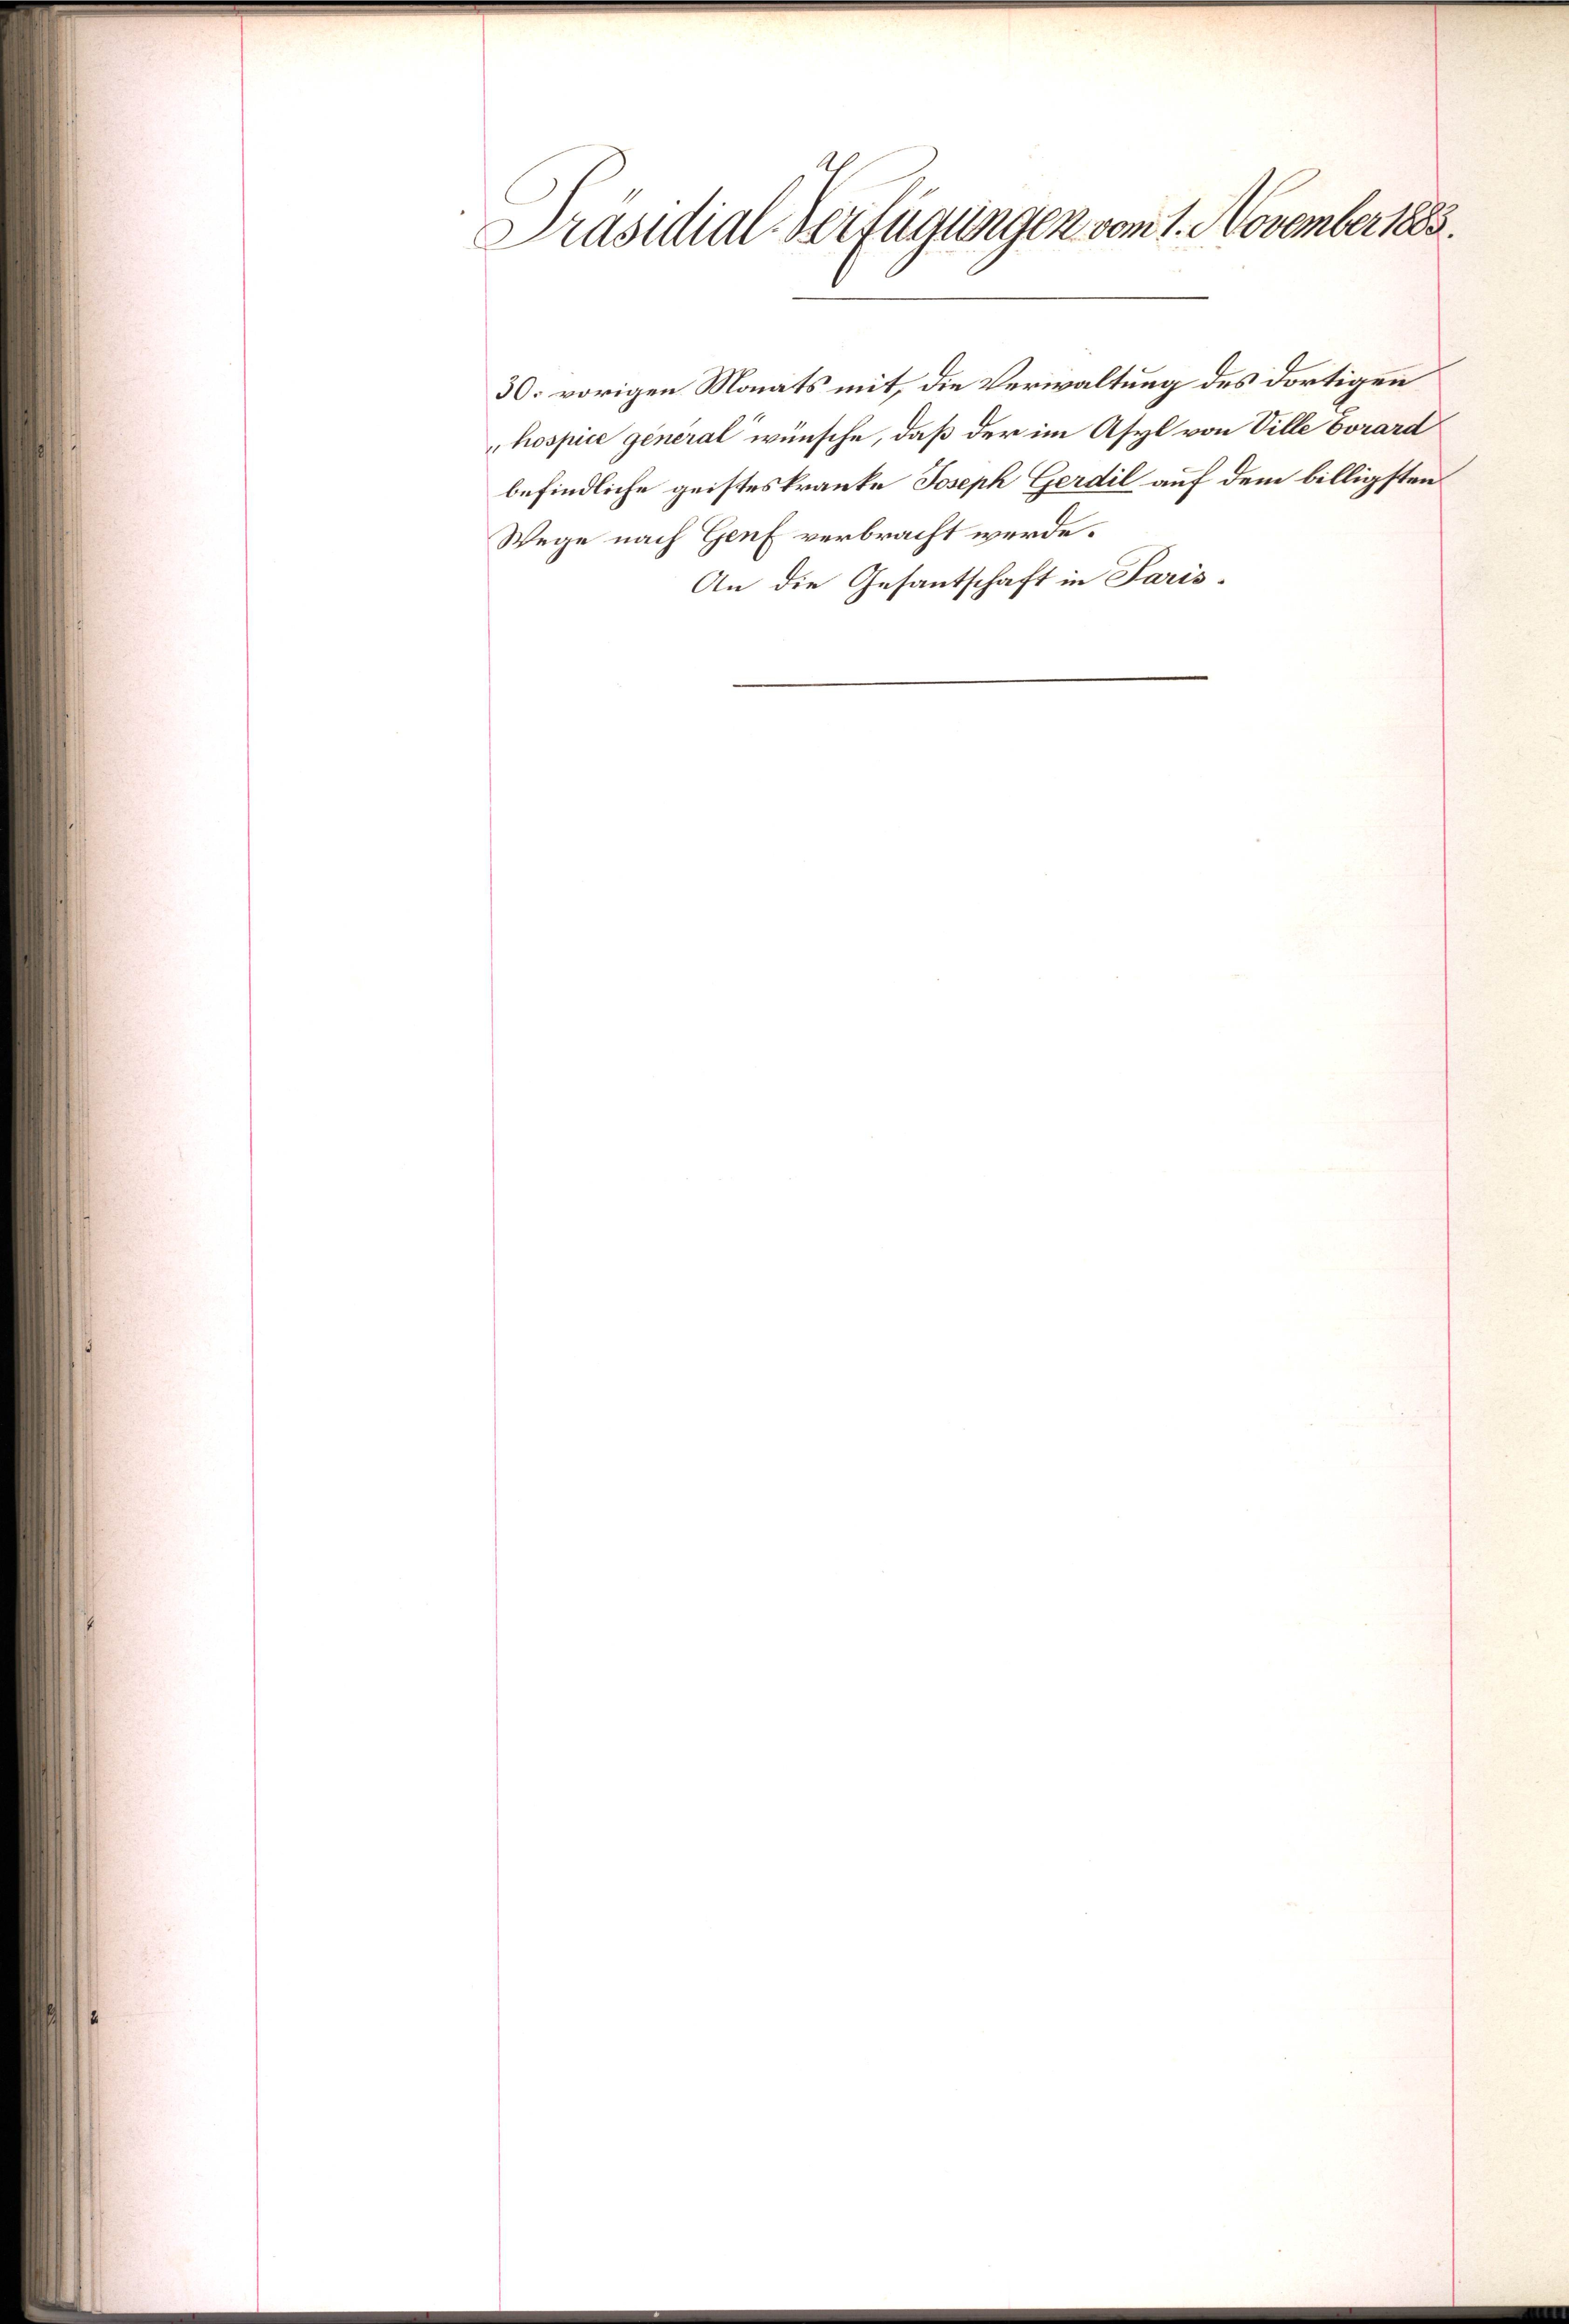
Präsidial-Verfügungen vom 1. November 1883.

30. vorigen Monats mit, die Verwaltung des dortigen
hospice general wünsche, daß der im Asyl von Ville Vorard
befindliche geisteskranke Joseph Gerdil auf dem billigsten
Wege nach Genf verbracht werde.
An die Gesantschaft in Paris¬